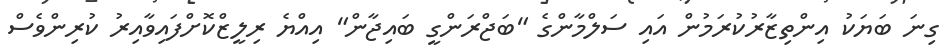
ގިނަ ބަޔަކު އިންތިޒާރުކުރަމުން އައި ސަލްމާންގެ "ބަޖްރަންގީ ބައިޖާން" އިއްޔެ ރިލީޒްކޮށްފައިވާއިރު ކުރިންވެސް